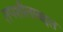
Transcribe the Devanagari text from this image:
तपशीलाबद्दल